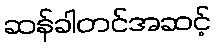
ဆန်ခါတင်အဆင့်